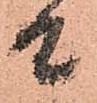
候